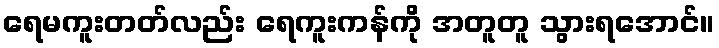
ရေမကူးတတ်လည်း ရေကူးကန်ကို အတူတူ သွားရအောင်။